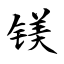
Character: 镁